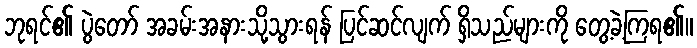
ဘုရင်၏ ပွဲတော် အခမ်းအနားသို့သွားရန် ပြင်ဆင်လျက် ရှိသည်များကို တွေ့ခဲ့ကြရ၏။